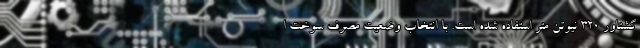
گشتاور 320 نیوتن متر استفاده شده است. با انتخاب وضعیت مصرف سوخت ا